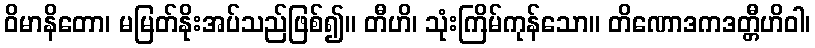
ဝိမာနိတော၊ မမြတ်နိုးအပ်သည်ဖြစ်၍။ တီဟိ၊ သုံးကြိမ်ကုန်သော။ တိဏောဒကဒတ္တီဟိဝါ၊